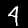
Digit: 4